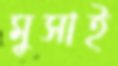
মুসাই